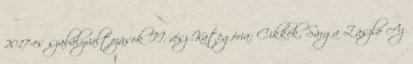
2017-es szabályváltozások II. rész Kategória: Cikkek, Sárga Zászló Az